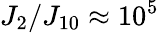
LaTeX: J_{2}/J_{10}\approx 10^{5}